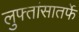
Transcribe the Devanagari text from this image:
लुफ्तांसातर्फे